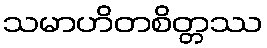
သမာဟိတစိတ္တဿ